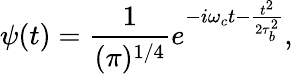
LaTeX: \psi(t)=\frac{1}{(\pi)^{1/4}}e^{-i\omega_{c}t-\frac{t^{2}}{2\tau_{b}^{2}}},